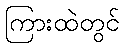
ကြားထဲတွင်